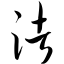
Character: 渚